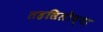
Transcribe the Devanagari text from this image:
तहसिलीच्या